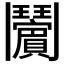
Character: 𱆉